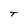
Character: t